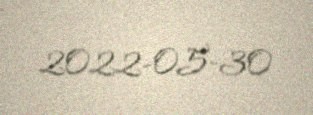
2022-05-30